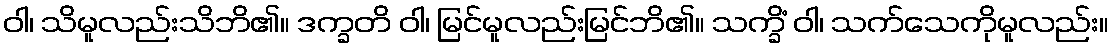
ဝါ၊ သိမူလည်းသိဘိ၏။ ဒက္ခတိ ဝါ၊ မြင်မူလည်းမြင်ဘိ၏။ သက္ခိံ ဝါ၊ သက်သေကိုမူလည်း။